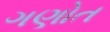
ગણોત